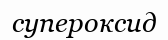
супероксид